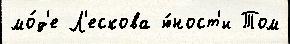
мо́д'е Л'ескова ю́ност'и Том